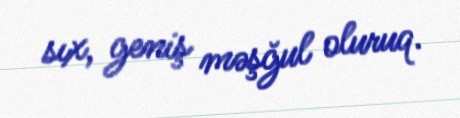
sıx, geniş məşğul oluruq.